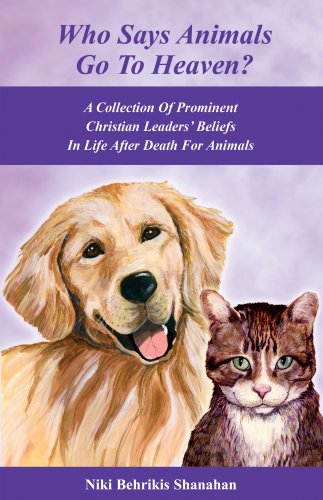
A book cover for Who Says Animals Go To Heaven? A Collection Of Prominent Christian Leaders' Beliefs In Life After Death For Animals; Niki Behrikis Shanahan; Crafts, Hobbies & Home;